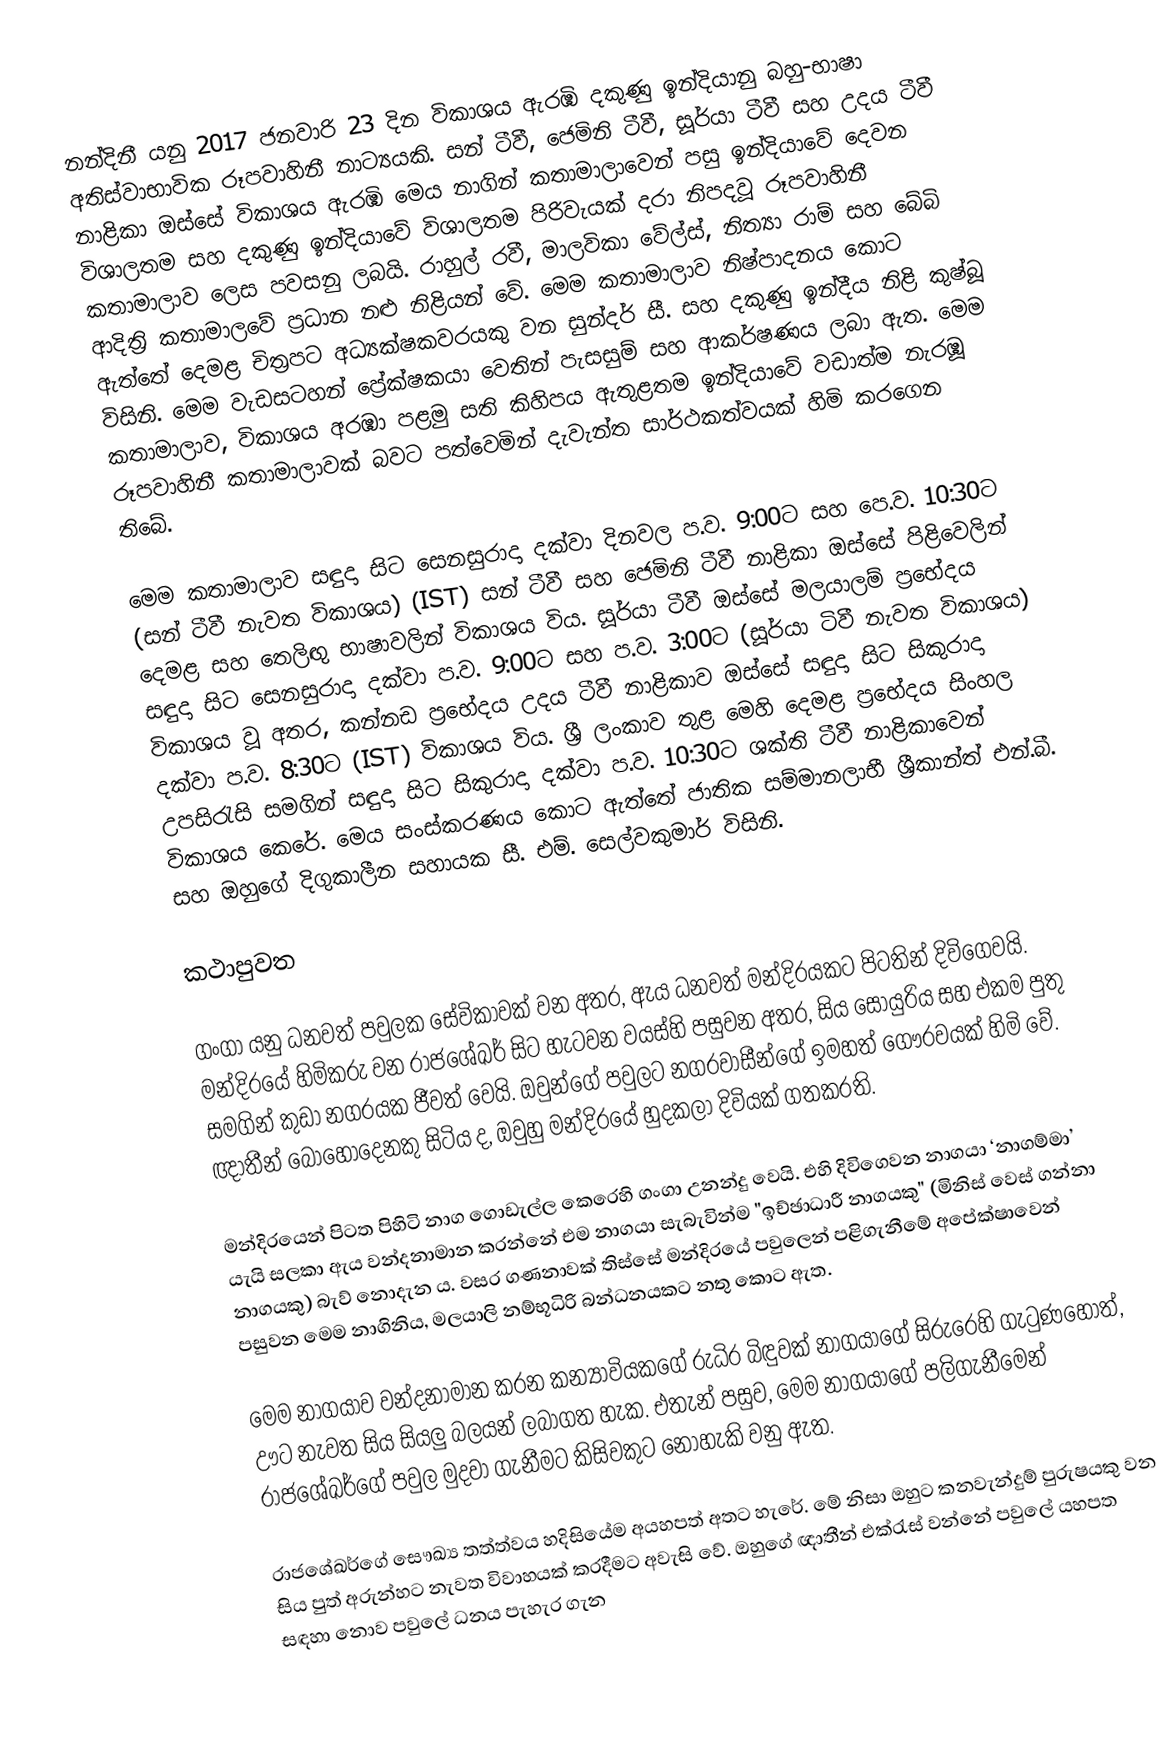
නන්දිනී යනු 2017 ජනවාරි 23 දින විකාශය ඇරඹි දකුණු ඉන්දියානු බහු-භාෂා අතිස්වාභාවික රූපවාහිනී නාට්‍යයකි. සන් ටීවී, ජෙමිනි ටීවී, සූර්යා ටීවී සහ උදය ටීවී නාළිකා ඔස්සේ විකාශය ඇරඹි මෙය නාගින් කතාමාලාවෙන් පසු ඉන්දියාවේ දෙවන විශාලතම සහ දකුණු ඉන්දියාවේ විශාලතම පිරිවැයක් දරා නිපදවූ රූපවාහිනී කතාමාලාව ලෙස පවසනු ලබයි. රාහුල් රවී, මාලවිකා වේල්ස්, නිත්‍යා රාම් සහ බේබි ආදිත්‍රි කතාමාලවේ ප්‍රධාන නළු නිළියන් වේ. මෙම කතාමාලාව නිෂ්පාදනය කොට ඇත්තේ දෙමළ චිත්‍රපට අධ්‍යක්ෂකවරයකු වන සුන්දර් සී. සහ දකුණු ඉන්දීය නිළි කුෂ්බූ විසිනි. මෙම වැඩසටහන් ප්‍රේක්ෂකයා වෙතින් පැසසුම් සහ ආකර්ෂණය ලබා ඇත. මෙම කතාමාලාව, විකාශය අරඹා පළමු සති කිහිපය ඇතුළතම ඉන්දියාවේ වඩාත්ම නැරඹූ රූපවාහිනී කතාමාලාවක් බවට පත්වෙමින් දැවැන්ත සාර්ථකත්වයක් හිමි කරගෙන තිබේ.

මෙම කතාමාලාව සඳුදා සිට සෙනසුරාදා දක්වා දිනවල ප.ව. 9:00ට සහ පෙ.ව. 10:30ට (සන් ටීවී නැවත විකාශය) (IST) සන් ටීවී සහ ජෙමිනි ටීවී නාළිකා ඔස්සේ පිළිවෙලින් දෙමළ සහ තෙලිඟු භාෂාවලින් විකාශය විය. සූර්යා ටීවී ඔස්සේ මලයාලම් ප්‍රභේදය සඳුදා සිට සෙනසුරාදා දක්වා ප.ව. 9:00ට සහ ප.ව. 3:00ට (සූර්යා ටිවී නැවත විකාශය) විකාශය වූ අතර, කන්නඩ ප්‍රභේදය උදය ටීවී නාළිකාව ඔස්සේ සඳුදා සිට සිකුරාදා දක්වා ප.ව. 8:30ට (IST) විකාශය විය. ශ්‍රී ලංකාව තුළ මෙහි දෙමළ ප්‍රභේදය සිංහල උපසිරැසි සමගින් සඳුදා සිට සිකුරාදා දක්වා ප.ව. 10:30ට ශක්ති ටීවී නාළිකාවෙන් විකාශය කෙරේ. මෙය සංස්කරණය කොට ඇත්තේ ජාතික සම්මානලාභී ශ්‍රීකාන්ත් එන්.බී. සහ ඔහුගේ දිගුකාලීන සහායක සී. එම්. සෙල්වකුමාර් විසිනි.

කථාපුවත

ගංගා යනු ධනවත් පවුලක සේවිකාවක් වන අතර, ඇය ධනවත් මන්දිරයකට පිටතින් දිවිගෙවයි. මන්දිරයේ හිමිකරු වන රා‍ජශේඛර් සිට හැටවන වයස්හි පසුවන අතර, සිය සොයුරිය සහ එකම පුතු සමගින් කුඩා නගරයක ජීවත් වෙයි. ඔවුන්ගේ පවුලට නගරවාසීන්ගේ ඉමහත් ගෞරවයක් හිමි වේ. ඥාතීන් බොහෝදෙනකු සිටිය ද, ඔවුහු මන්දි‍රයේ හුදකලා දිවියක් ගතකරති.

මන්දිරයෙන් පිටත පිහිටි නාග ගොඩැල්ල කෙරෙහි ගංගා උනන්දු වෙයි. එහි දිවිගෙවන නාගයා ‘නාගම්මා’ යැයි සලකා ඇය වන්දනාමාන කරන්නේ එම නාගයා සැබැවින්ම "ඉච්ඡාධාරී නාගයකු" (මිනිස් වෙස් ගන්නා නාගයකු) බැව් නොදැන ය. වසර ගණනාවක් තිස්සේ මන්දිරයේ පවුලෙන් පළිගැනී‍මේ අපේක්ෂාවෙන් පසුවන මෙම නාගිනිය, මලයාලි නම්භූධිරි බන්ධනයකට නතු කොට ඇත.

මෙම නාගයාව වන්දනාමාන කරන කන්‍යාවියකගේ රුධිර බිඳුවක් නාගයාගේ සිරුරෙහි ගැටුණහොත්, ඌට නැවත සිය සියලු බලයන් ලබාගත හැක. එතැන් පසුව, මෙම නාගයාගේ පලිගැනීමෙන් රාජශේඛර්ගේ පවුල මුදවා ගැනීමට කිසිවකුට නොහැකි වනු ඇත.

රාජශේඛර්ගේ සෞඛ්‍ය තත්ත්වය හදිසියේම අයහපත් අතට හැරේ. මේ නිසා ඔහුට කනවැන්දුම් පුරුෂයකු වන සිය පුත් අරුන්හට නැවත විවාහයක් කරදීමට අවැසි වේ. ඔහුගේ ඥාතීන් එක්රැස් වන්නේ පවුලේ යහපත සඳහා නොව පවුලේ ධනය පැහැර ගැන